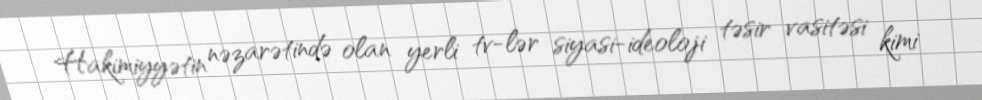
Hakimiyyətin nəzarətində olan yerli tv-lər siyasi-ideoloji təsir vasitəsi kimi